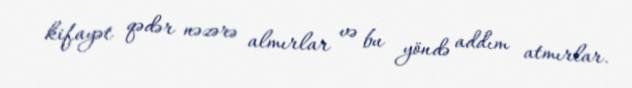
kifayət qədər nəzərə almırlar və bu yöndə addım atmırlar.